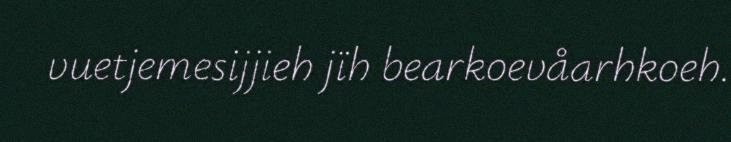
vuetjemesijjieh jïh bearkoevåarhkoeh.